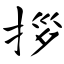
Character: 拶